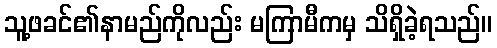
သူ့ဖခင်၏နာမည်ကိုလည်း မကြာမီကမှ သိရှိခဲ့ရသည်။